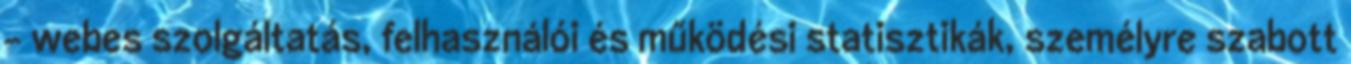
- webes szolgáltatás, felhasználói és működési statisztikák, személyre szabott